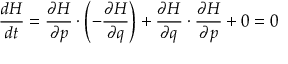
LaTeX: { \frac { d H } { d t } } = { \frac { \partial H } { \partial { \boldsymbol { p } } } } \cdot \left( - { \frac { \partial H } { \partial { \boldsymbol { q } } } } \right) + { \frac { \partial H } { \partial { \boldsymbol { q } } } } \cdot { \frac { \partial H } { \partial { \boldsymbol { p } } } } + 0 = 0